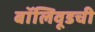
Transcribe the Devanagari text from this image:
बॉलिवूडची